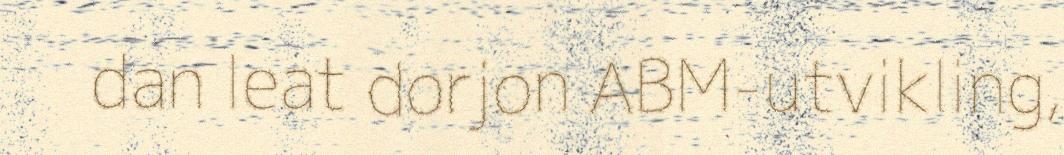
dan leat dorjon ABM-utvikling,